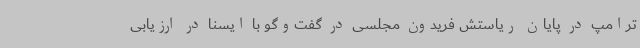
ترامپ در پایان ریاستش فریدون مجلسی در گفت‌وگو با ایسنا در ارزیابی